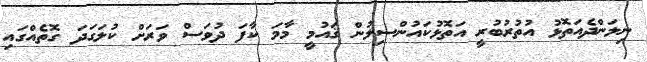
ނިލަންދެއަތޮޅު އުތުރުބުރީ އަތޮޅުކައުންސިލުން ޤައުމީ މާމަ ކާފަ ދުވަސް ވަރަށް ކުލަގަދަ ގޮތެއްގައި